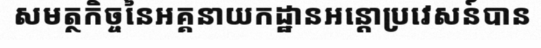
សមត្ថកិច្ចនៃអគ្គនាយកដ្ឋានអន្តោប្រវេសន៍បាន